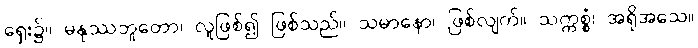
ရှေး၌။ မနုဿဘူတော၊ လူဖြစ်၍ ဖြစ်သည်။ သမာနော၊ ဖြစ်လျက်။ သက္ကစ္စံ၊ အရိုအသေ။